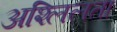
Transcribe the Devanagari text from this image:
अश्लिलता